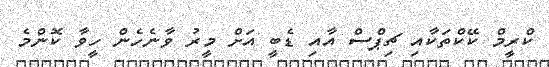
ކްރީމް ކޭކްތަކާއި ޗިޕްސް އާއި ޑެބީ އަށް މީރު ވާނެހެން ހީވާ ކޮންމެ